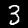
Digit: 3